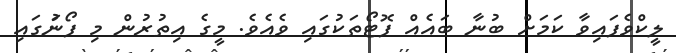
ލީކްވެފައިވާ ކަމަށް ބުނާ ބައެއް ފޮޓޯތަކުގައި ވެއެވެ. މީގެ އިތުރުން މި ފޯނަުގައި